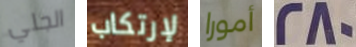
الجلي لإرتكاب أمورا 280